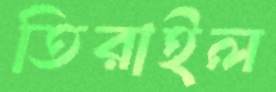
তিরাইল